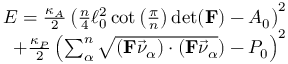
\begin{array} { r } { E = \frac { \kappa _ { A } } { 2 } \left( \frac { n } { 4 } \ell _ { 0 } ^ { 2 } \cot \left( \frac { \pi } { n } \right) \operatorname* { d e t } ( \mathbf { F } ) - A _ { 0 } \right) ^ { 2 } } \\ { + \frac { \kappa _ { P } } { 2 } \left( \sum _ { \alpha } ^ { n } \sqrt { ( \mathbf { F } \vec { \nu } _ { \alpha } ) \cdot ( \mathbf { F } \vec { \nu } _ { \alpha } } ) - P _ { 0 } \right) ^ { 2 } } \end{array}